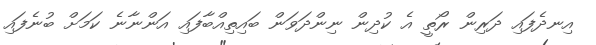
އިނދެފައި ދަރިން ރޯތީ އެ ކުދިން ނިންދަވަން ބައިތިއްބާފައި އަންނާނެ ކަމަށް ބުނެފައި